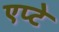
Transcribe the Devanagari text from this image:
एप्टे